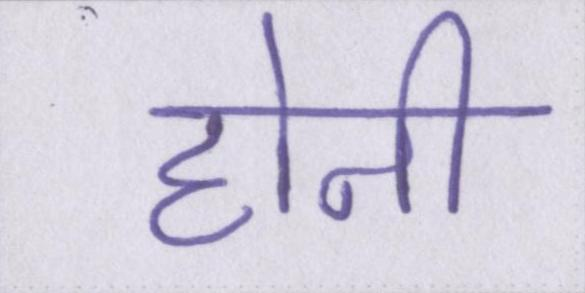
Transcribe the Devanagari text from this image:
होनी